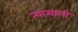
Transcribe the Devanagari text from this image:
त्‍यासाली